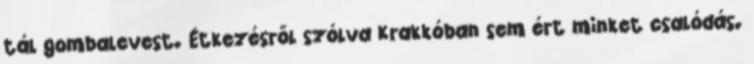
tál gombalevest. Étkezésről szólva Krakkóban sem ért minket csalódás.